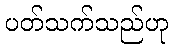
ပတ်သက်သည်ဟု